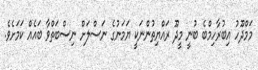
މަމްދޫހު އިބުރާހިމްބެ ބުނީ މީދޫ ރައްޔިތުންނަކީ ޔަމަނުގެ ނަސްލަށް ނިސްބަތްވާ ބައެއް ކަމަށެވެ.